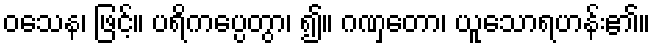
ဝသေန၊ ဖြင့်။ ပရိကပ္ပေတွာ၊ ၍။ ဂဏှတော၊ ယူသောရဟန်း၏။